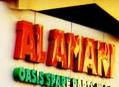
al